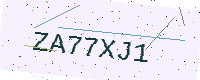
Text: ZA77XJ1